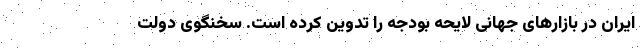
ایران در بازارهای جهانی لایحه بودجه را تدوین کرده است. سخنگوی دولت